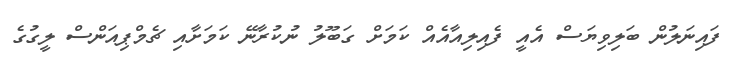
ފައިނަލުން ބަލިވިޔަސް އެއީ ފެއިލިއާއެއް ކަމަށް ގަބޫލު ނުކުރާނޭ ކަމަށާއި ޗެމްޕިއަންސް ލީގުގެ